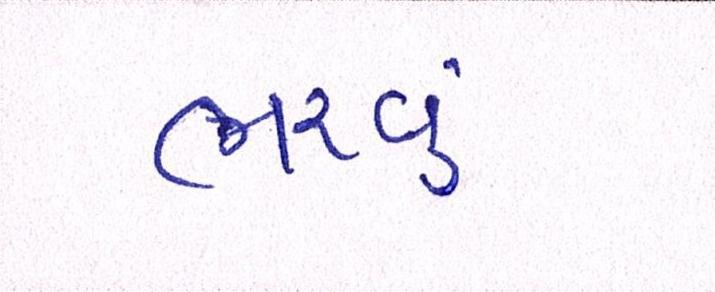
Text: ભરવું